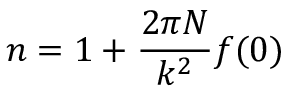
n = 1 + \frac { 2 \pi N } { k ^ { 2 } } f ( 0 )